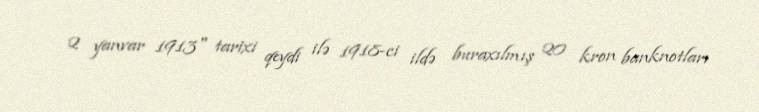
2 yanvar 1913" tarixi qeydi ilə 1918-ci ildə buraxılmış 20 kron banknotları